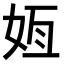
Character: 𫰟